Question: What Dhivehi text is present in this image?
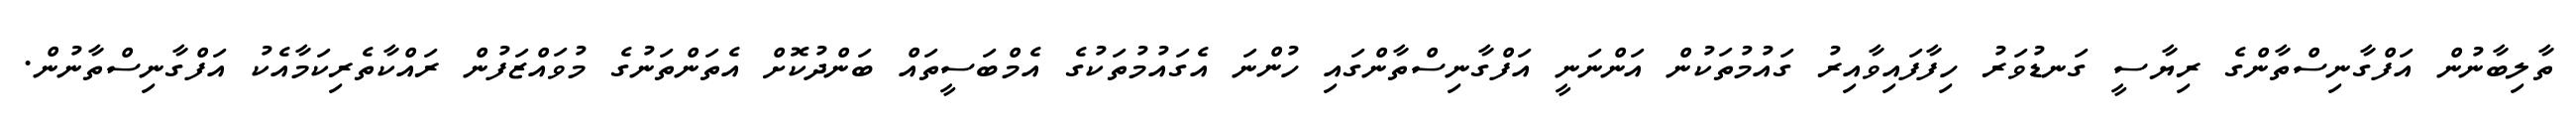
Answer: ތާލިބާނުން އަފްގާނިސްތާންގެ ރިޔާސީ ގަނޑުވަރު ހިފާފައިވާއިރު ގައުމުތަކުން އަންނަނީ އަފްގާނިސްތާންގައި ހުންނަ އެގައުމުތަކުގެ އެމްބަސީތައް ބަންދުކޮށް އެތަންތަނުގެ މުވައްޒަފުން ރައްކާތެރިކަމާއެކު އަފްގާނިސްތާނުން.